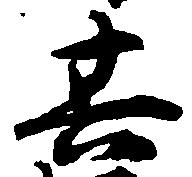
其